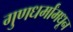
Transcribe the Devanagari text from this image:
गुणधर्मांमधून